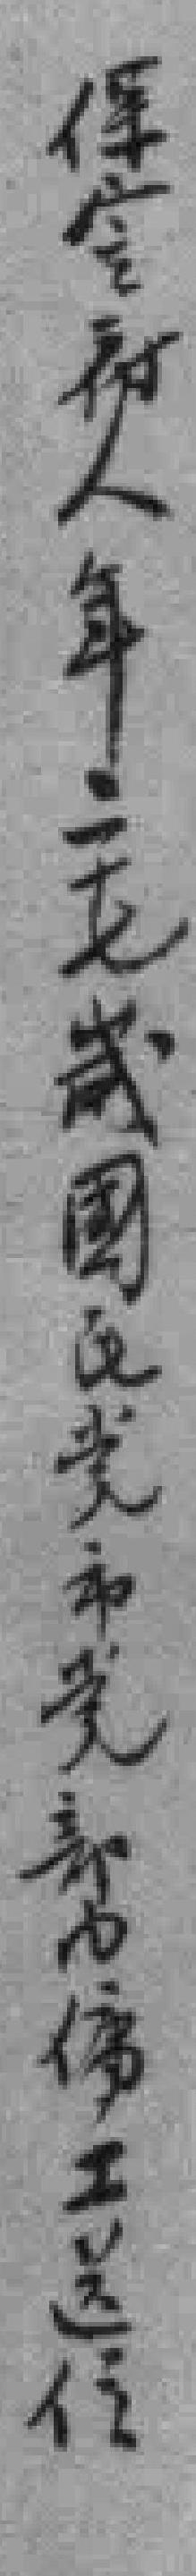
保㝎縣人年二十七歲國民党市党部市内傭工送信